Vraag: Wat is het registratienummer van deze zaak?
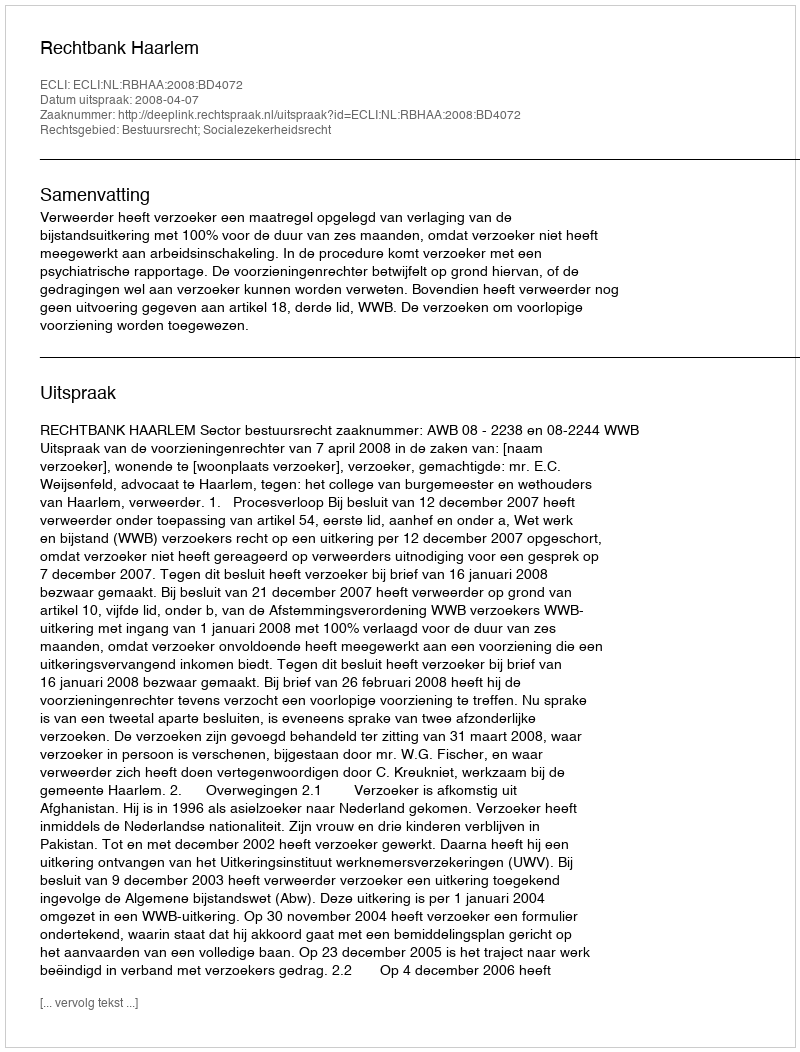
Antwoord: http://deeplink.rechtspraak.nl/uitspraak?id=ECLI:NL:RBHAA:2008:BD4072